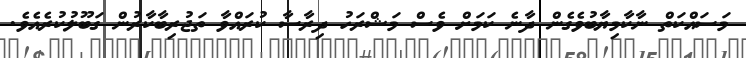
މަސައްކަތް ނާކާމިޔާބުވެގެން ދާނެ ކަމަށް ވެސް މަޝްރަހު ދިރާސާ ކުރައްވާ ތަޖުރިބާކާރުން ގަބޫލުކުރެއެވެ.